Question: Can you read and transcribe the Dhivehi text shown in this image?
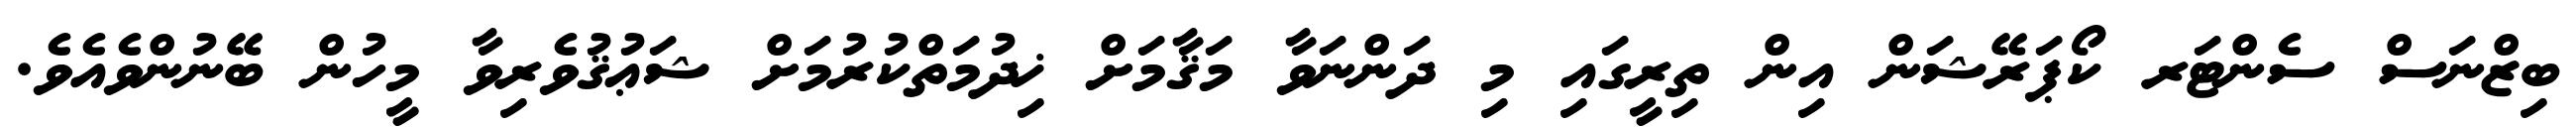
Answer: ބިޒްނަސް ސެންޓަރ ކޯޕަރޭޝަން އިން ތިރީގައި މި ދަންނަވާ މަޤާމަށް ޚިދުމަތްކުރުމަށް ޝަޢުޤުވެރިވާ މީހުން ބޭނުންވެއެވެ.